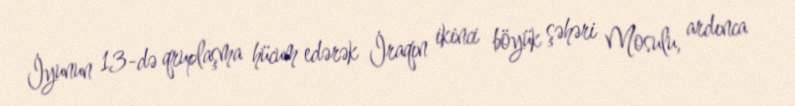
İyunun 13-də qruplaşma hücum edərək İraqın ikinci böyük şəhəri Mosulu, ardınca